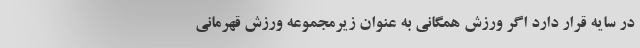
در سایه قرار دارد اگر ورزش همگانی به عنوان زیرمجموعه ورزش قهرمانی